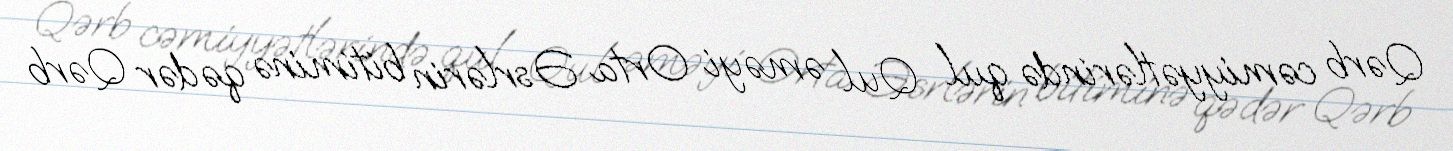
Qərb cəmiyyətlərində qul Qul əməyi Orta Əsrlərin bitiminə qədər Qərb